Civil Veterinary Department. United Provinces 1932-42 - 1932-1942
Year: 1932
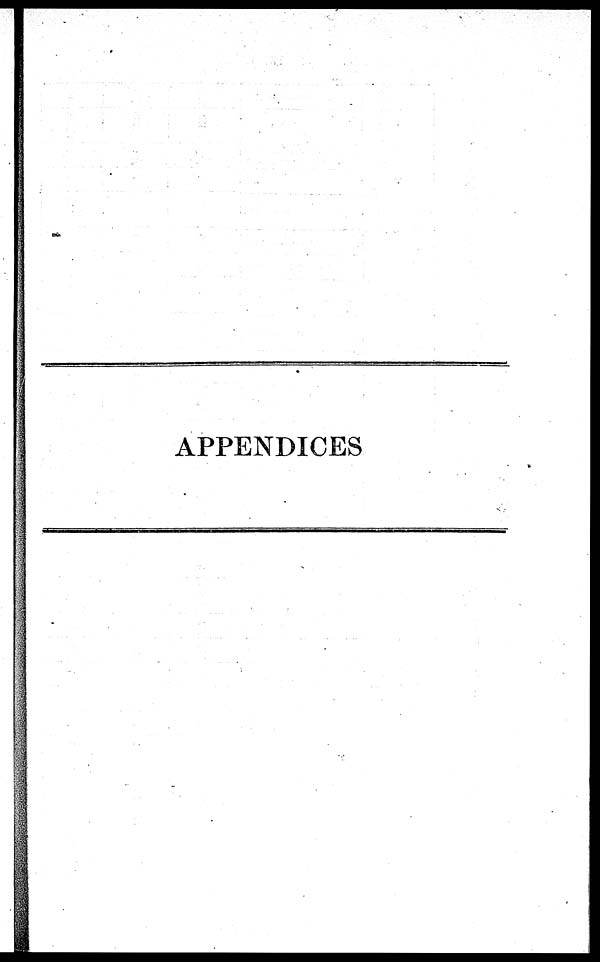
APPENDICES